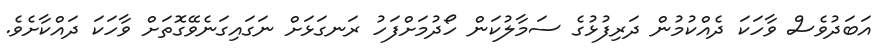
އަބަދުވެސް ވާހަކަ ދެއްކުމުން ދަރިފުޅުގެ ސަމާލުކަން ހޯދުމަށްފަހު ރަނގަޅަށް ނަގައިގަނެވޭގޮތަށް ވާހަކަ ދައްކާށެވެ.